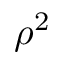
\rho ^ { 2 }